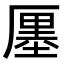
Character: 𠪨